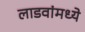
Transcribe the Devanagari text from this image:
लाडवांमध्ये